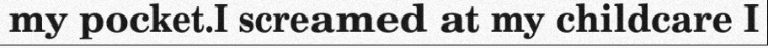
my pocket.I screamed at my childcare I